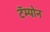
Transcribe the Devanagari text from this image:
टॅम्पोन